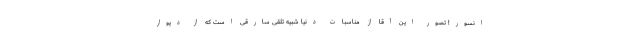
انسور! تصور این آقا از مناسبات دنیا شبیه تلقی سارقی است که از دیوار